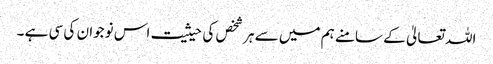
اللہ تعالیٰ کے سامنے ہم میں سے ہر شخص کی حیثیت اس نوجوان کی سی ہے ۔